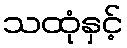
သထုံနှင့်